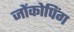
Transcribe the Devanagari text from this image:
जोंकोपिंग